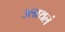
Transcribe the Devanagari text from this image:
उलाथलं